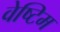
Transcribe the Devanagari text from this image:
वेष्टिम